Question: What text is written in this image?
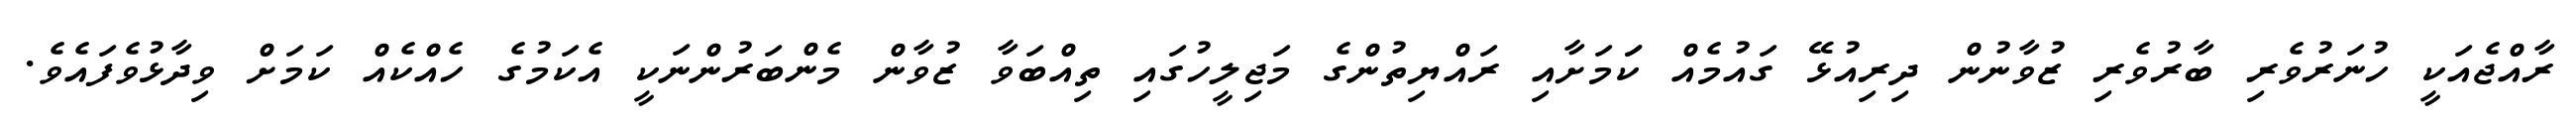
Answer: ރާއްޖެއަކީ ހުނަރުވެރި ބާރުވެރި ޒުވާނުން ދިރިއުޅޭ ގައުމެއް ކަަމަށާއި ރައްޔިތުންގެ މަޖިލީހުގައި ތިއްބަވާ ޒުވާން މެންބަރުންނަކީ އެކަމުގެ ހެއްކެއް ކަމަށް ވިދާޅުވެފައެވެ.